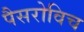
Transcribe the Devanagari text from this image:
पैसरोविच